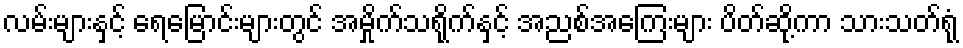
လမ်းများနှင့် ရေမြောင်းများတွင် အမှိုက်သရိုက်နှင့် အညစ်အကြေးများ ပိတ်ဆို့ကာ သားသတ်ရုံ